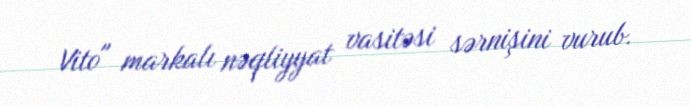
Vito" markalı nəqliyyat vasitəsi sərnişini vurub.